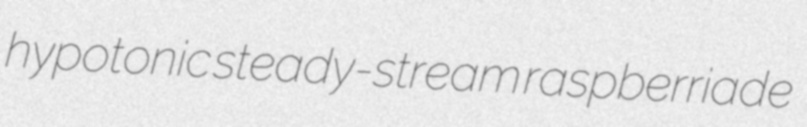
hypotonic steady-stream raspberriade